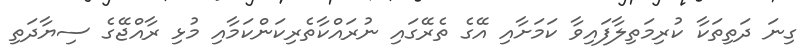
ގިނަ ދަތިތަކާ ކުރިމަތިލާފައިވާ ކަމަށާއި އޭގެ ތެރޭގައި ނުރައްކާތެރިކަންކަމާއި މުޅި ރާއްޖޭގެ ސިޔާދަތި